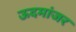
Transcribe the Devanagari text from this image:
ऊदमांजर